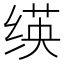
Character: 绬